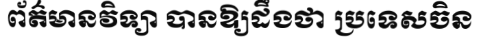
ព័ត៌មានវិទ្យា បានឱ្យដឹងថា ប្រទេសចិន